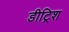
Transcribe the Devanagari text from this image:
डीट्रिश